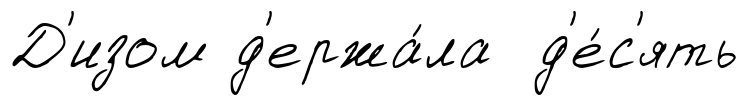
Д'изом д'ержа́ла д'е́с'ять